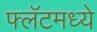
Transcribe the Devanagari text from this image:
फ्लॅटमध्ये